Lunatic asylums Punjab 1881-1894 - 1881-1894
Year: 1881
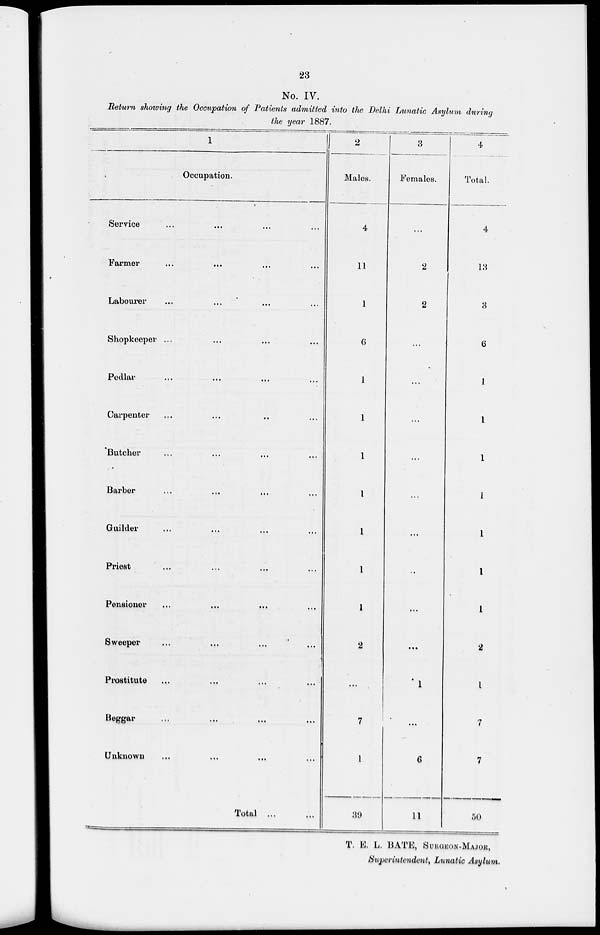
23
No. IV.
Return showing the Occupation of Patients admitted into the Delhi Lunatic Asylum during
the year 1887.
1
Occupation.
Service ... ... ...
Farmer ... ... ...
Labourer ... ... ...
Shopkeeper ... ... ...
Pedlar ... ... ...
Carpenter ... ... ...
Butcher ... ... ...
Barber ... ... ...
Guilder ... ... ...
Priest ... ... ...
Pensioner ... ... ...
Sweeper ... ... ...
Prostitute ... ... ...
Beggar ... ... ...
Unknown ... ... ...
Total ... ...
2
Males.
4
11
1
6
1
1
1
1
1
1
1
2
...
7
1
39
3
Females.
...
2
2
...
...
...
...
...
...
...
...
...
1
...
6
11
4
Total.
4
13
3
6
1
1
1
1
1
1
1
2
1
7
7
50
T. E. L. BATE, SURGEON-MAJOR,
Superintendent, Lunatic Asylum.